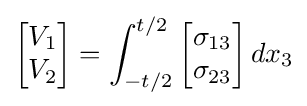
{\begin{bmatrix}V_{1}\\V_{2}\end{bmatrix}}=\int _{-t/2}^{t/2}{\begin{bmatrix}\sigma _{13}\\\sigma _{23}\end{bmatrix}}\,dx_{3}